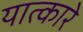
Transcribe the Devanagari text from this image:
यात्कारे